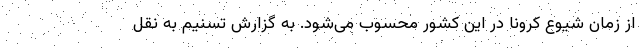
از زمان شیوع کرونا در این کشور محسوب می‌شود. به گزارش تسنیم به نقل